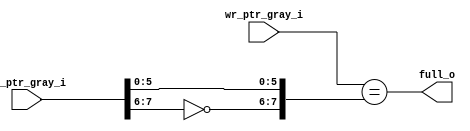
module wr_full #(
    parameter WIDTH = 8  // WIDTH >= 3
) (
    input  wire [WIDTH-1:0] rd_ptr_gray_i,  // gray code read-pointer
    input  wire [WIDTH-1:0] wr_ptr_gray_i,  // gray code write-pointer
    output wire             full_o          // full flag
);
    assign full_o = wr_ptr_gray_i == {~rd_ptr_gray_i[WIDTH-1:WIDTH-2], rd_ptr_gray_i[WIDTH-3:0]};
endmodule